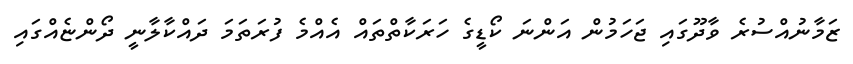
ޒަމާނުއްސުރެ ވާދޫގައި ޖަހަމުން އަންނަ ކޯޑީގެ ހަރަކާތްތައް އެއްމެ ފުރަތަމަ ދައްކާލާނީ ދޯންޏެއްގައި